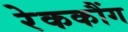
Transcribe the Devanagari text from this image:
रेककौंग